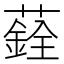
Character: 𦿻